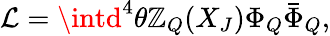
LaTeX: {\cal{L}}=\intd^{4}\theta\mathbb{Z}_{Q}(X_{J})\Phi_{Q}\bar{{\Phi}}_{Q},